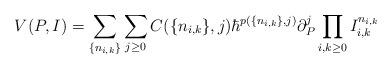
LaTeX: \begin{align*} V(P, I) = \sum_{\{n_{i, k}\}}\sum_{j \geq 0} C(\{n_{i, k}\}, j) \hbar^{p(\{n_{i, k}\}, j)} \partial^j_P\prod_{i, k \geq 0}I_{i, k}^{n_{i, k}} \end{align*}